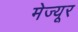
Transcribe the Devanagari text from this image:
मेज्यूर